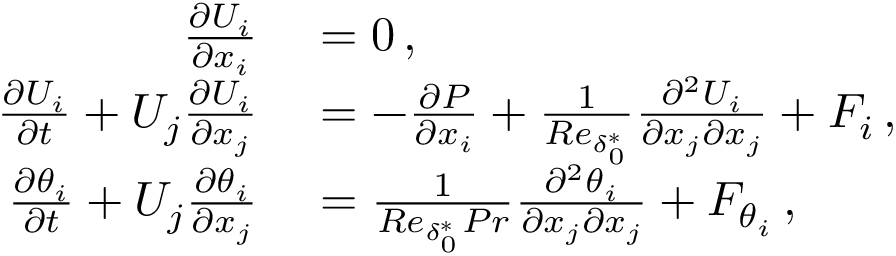
\begin{array} { r l } { \frac { \partial U _ { i } } { \partial x _ { i } } } & { { } = 0 \, , } \\ { \frac { \partial U _ { i } } { \partial t } + U _ { j } \frac { \partial U _ { i } } { \partial x _ { j } } } & { { } = - \frac { \partial P } { \partial x _ { i } } + \frac { 1 } { R e _ { \delta _ { 0 } ^ { * } } } \frac { \partial ^ { 2 } U _ { i } } { \partial x _ { j } \partial x _ { j } } + F _ { i } \, , } \\ { \frac { \partial \theta _ { i } } { \partial t } + U _ { j } \frac { \partial \theta _ { i } } { \partial x _ { j } } } & { { } = \frac { 1 } { R e _ { \delta _ { 0 } ^ { * } } P r } \frac { \partial ^ { 2 } \theta _ { i } } { \partial x _ { j } \partial x _ { j } } + F _ { \theta _ { i } } \, , } \end{array}